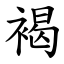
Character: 褐